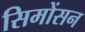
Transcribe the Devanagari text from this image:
सिमोंसन